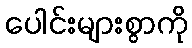
ပေါင်းများစွာကို